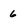
Character: 6